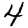
Digit: 4